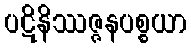
ပဋိနိဿဇ္ဇနပစ္စယာ